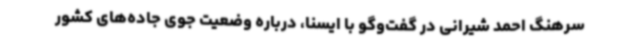
سرهنگ احمد شیرانی در گفت‌وگو با ایسنا، درباره وضعیت جوی جاده‌های کشور